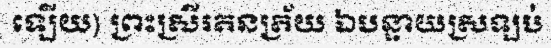
ឡើយ) ព្រះស្រីរតនត្រ័យ ឯបន្ទាយស្រឡប់